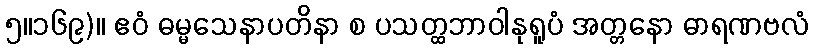
၅။၁၆၉)။ ဧဝံ ဓမ္မသေနာပတိနာ စ ပသတ္ထဘာဝါနုရူပံ အတ္တနော ဓာရဏဗလံ